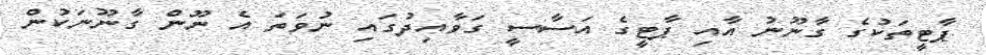
ޕާޓީތަކުގެ ގާނޫނު އާއި ޕާޓީގެ އަސާސީ ގަވާއިދުގައި ނުވަތަ އެ ނޫން ގާނޫނަކުން